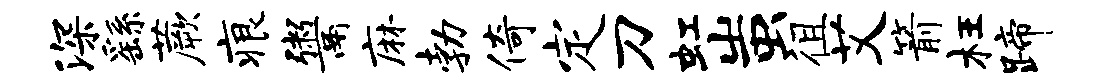
深繇蕨痕鬻麻勃倚定刀虹蚩徂艾箭枉蹄